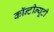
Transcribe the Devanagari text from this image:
कॉन्टीन्यूटी